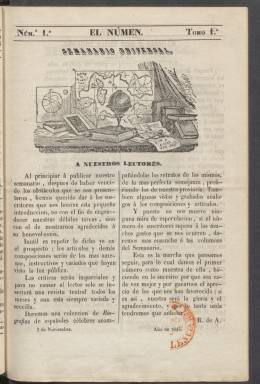
Título: El Numen (Córdoba. 1845)
Colección: Literatura
Ámbito geográfico: Córdoba
Lugar de publicación: Córdoba
Fechas: 02/11/1845-23/11/1845

Semanario que en su mismo título ya declara estar dedicado a la poesía, al genio poético o artístico en general, que es lo que viene a significar la palabra latina numen. Se trata de un periódico menor en comparación con otros que se publicaron en la misma década de 1840 dentro de la moda romántica, como El Liceo de Córdoba y El Vergel de Andalucía.

  La Biblioteca Nacional de España solo posee cuatro números de El Numen, las cuatro primeras entregas, pero no parece que se editaran más dado que la historia de la prensa en Córdoba no recoge más números. Cada uno de los publicados constaba de ocho páginas que se imprimían en el establecimiento tipográfico de Fausto García Tena.

  En su primera entrega, que se adorna con una ilustración en la cabecera que no aparecerá en las siguientes, sus editores anuncian artículos y composiciones amenos, instructivos y variados, críticas teatrales y una colección de biografías de españoles célebres con preferencia a los naturales de la provincia de Córdoba.

  Se inicia dicha sección con el pintor, tratadista de arte y poeta Pablo de Céspedes, de quien se incluye un dibujo con su retrato. Muy admirado por sus contemporáneos, la biografía de Céspedes se continuará en los dos siguientes números escrita por Luis María Ramírez y las Casas Deza y es una excelente fuente para conocer la obra de este artista cordobés. En el último número el periódico cambió de rumbo y no siguió publicando biografías.

  El contenido del semanario estaba centrado en composiciones poéticas y ensayos históricos fundamentalmente, aunque también se daban noticias culturales, no solo de Córdoba sino también de Madrid. En el último número el periódico también se ocupa de la información local y critica al Ayuntamiento por su falta de interés en embellecer la ciudad. Es interesante cómo recuerda que en el pasado Córdoba estaba rodeada de lugares arbolados y como en el presente los árboles han desaparecido.

  Es curioso también un anuncio de la primera entrega publicado en la última página en el que una señora francesa ofrecía un método inventado por ella para pintar al óleo y al barniz todo tipo de cuadros imitando a los pintados sobre el lienzo. Prometía unos resultados ‘extraordinarios que inducen á creer que las pinturas producidas son el fruto de muchos años de estudio’.

[Descripción publicada el 20/09/2024]